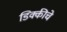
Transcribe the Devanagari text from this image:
डिक्कीचे